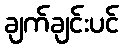
ချက်ချင်းပင်